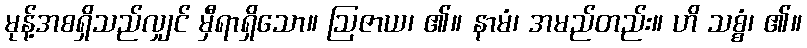
မုန့်အစရှိသည်လျှင် မှီရာရှိသော။ ဩဇာယ၊ ၏။ နာမံ၊ အမည်တည်း။ ဟိ သစ္စံ၊ ၏။